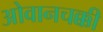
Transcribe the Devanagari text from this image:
ओवानचक्की